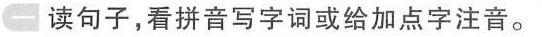
一 读句子，看拼音写字词或给加点字注音。